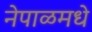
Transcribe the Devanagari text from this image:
नेपाळमधे